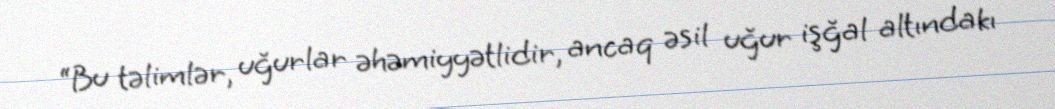
“Bu təlimlər, uğurlar əhəmiyyətlidir, ancaq əsil uğur işğal altındakı